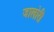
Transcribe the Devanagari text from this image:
जालोरी